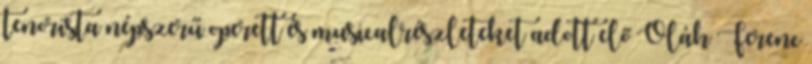
tenorista népszerű operett és musicalrészleteket adott elő Oláh Ferenc